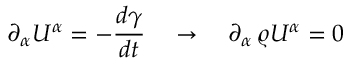
\partial _ { \alpha } U ^ { \alpha } = - \frac { d { \gamma } } { d t } \quad \to \quad \partial _ { \alpha } \, \varrho U ^ { \alpha } = 0